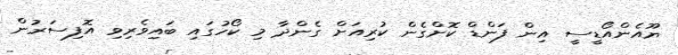
ޔޫއެންއޯޑީސީ އިން ފަންޑް ކޮށްގެން ކުރިއަށް ގެންދާ މި ކޯހުގައި ބައިވެރިވި އޮފިސަރުން